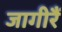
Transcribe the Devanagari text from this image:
जागीरैं